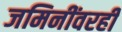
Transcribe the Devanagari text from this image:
जमिनींवरही